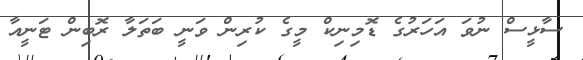
ސާޅީސް ނުވަ އަހަރުގެ ޑޮމިނިކް މީގެ ކުރިން ވަނީ ބަތަލާ ރޮބިން ޓަނީއާ